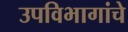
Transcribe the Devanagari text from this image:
उपविभागांचे